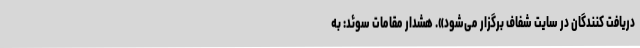
دریافت کنندگان در سایت شفاف برگزار می‌شود». هشدار مقامات سوئد: به